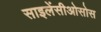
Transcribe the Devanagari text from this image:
साइलेंसीओसोस